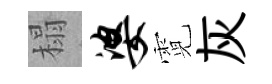
榻婆霓灰